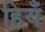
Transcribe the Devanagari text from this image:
हियँ